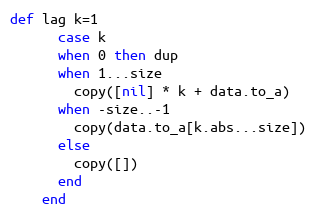
Language: Ruby
def lag k=1
      case k
      when 0 then dup
      when 1...size
        copy([nil] * k + data.to_a)
      when -size..-1
        copy(data.to_a[k.abs...size])
      else
        copy([])
      end
    end